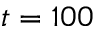
t = 1 0 0